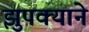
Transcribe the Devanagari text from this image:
झुपक्याने